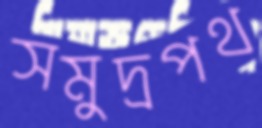
সমুদ্রপথ